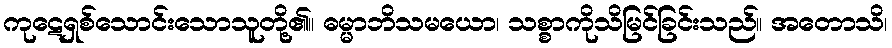
ကုဋေရှစ်သောင်းသောသူတို့၏။ ဓမ္မာဘိသမယော၊ သစ္စာကိုသိမြင်ခြင်းသည်။ အတောသိ၊